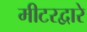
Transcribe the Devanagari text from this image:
मीटरद्वारे